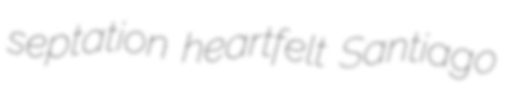
septation heartfelt Santiago